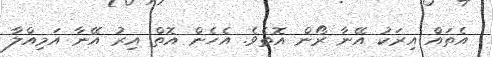
އެތައް އިރަކު އޭނާ ރޯން އޮތެވެ. އެހެން އޮތް އިރު އޭނާ އަމިއްލާ